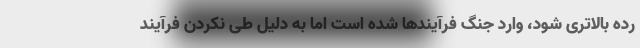
رده بالاتری شود، وارد جنگ فرآیندها شده است اما به دلیل طی نکردن فرآیند